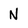
Character: N